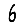
Digit: 6